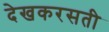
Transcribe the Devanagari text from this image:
देखकरसती